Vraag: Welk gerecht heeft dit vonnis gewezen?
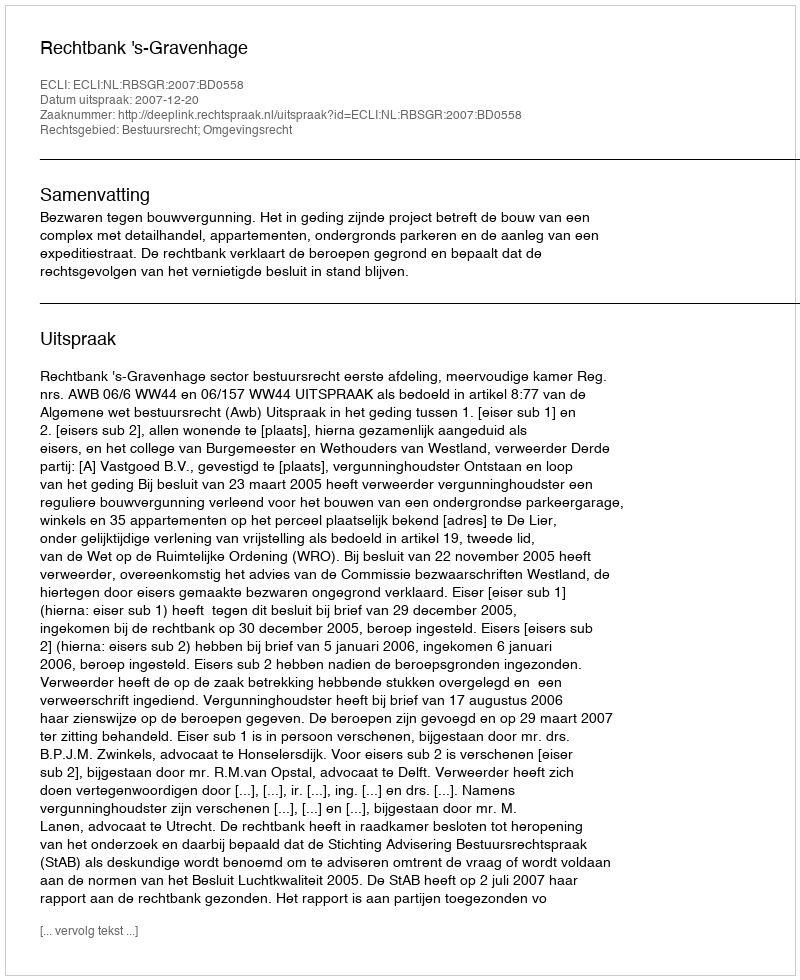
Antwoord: Rechtbank 's-Gravenhage